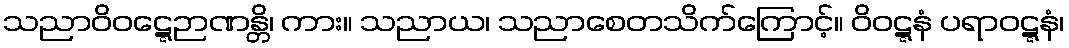
သညာဝိဝဋ္ဋေဉာဏန္တိ၊ ကား။ သညာယ၊ သညာစေတသိက်ကြောင့်။ ဝိဝဋ္ဋနံ ပရာဝဋ္ဋနံ၊